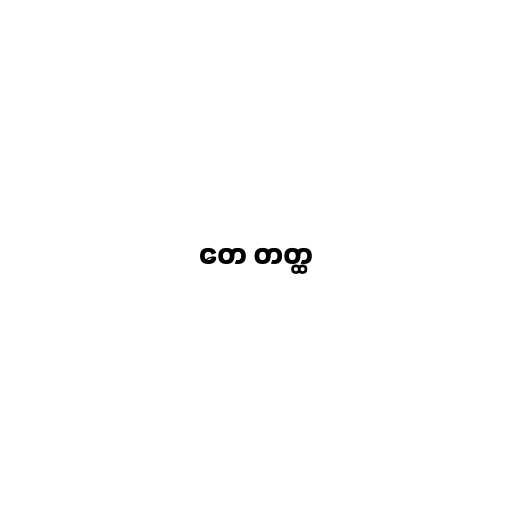
တေ တတ္ထ